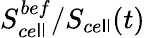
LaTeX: S_{ce\mathsf{l}\mathsf{l}}^{bef}/S_{ce\mathsf{l}\mathsf{l}}(t)